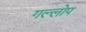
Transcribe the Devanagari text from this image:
गल्लोप